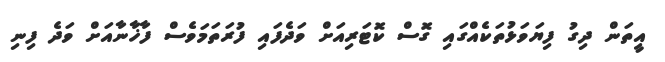
އީތަން ދިގު ފިޔަވަޅުތަކެއްގައި ގޮސް ކޮޓަރިއަށް ވަދެފައި ފުރަތަމަވެސް ފާޚާނާއަށް ވަދެ ފިނި